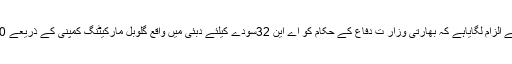
جمعہ 1 جون 2018 ء) یوکرین حکومت نے الزام لگایاہے کہ بھارتی وزار ت دفاع کے حکام کو اے این 32سودے کیلئے دبئی میں واقع گلوبل مارکیٹنگ کمپنی کے ذریعے 17.50کروڑ روپے کی رشوت دی گئی ہے۔